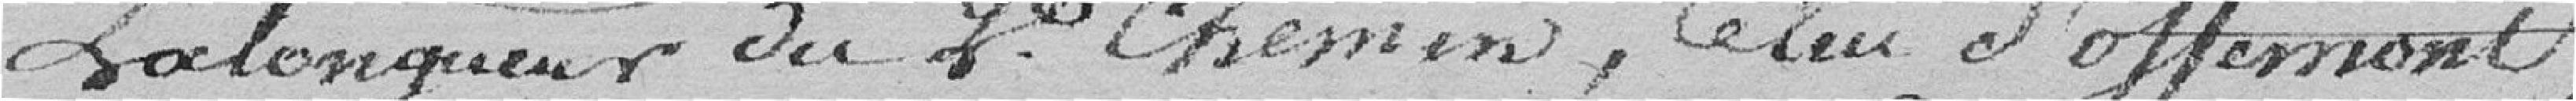
La longueur du 2ème chemin, celui d'Offemont,